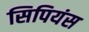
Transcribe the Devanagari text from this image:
सिपियंस